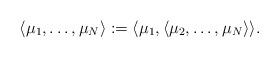
LaTeX: \begin{align*}\langle \mu_{1},\ldots,\mu_{N}\rangle := \langle \mu_{1},\langle\mu_{2},\ldots,\mu_{N}\rangle\rangle.\end{align*}